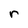
Character: r